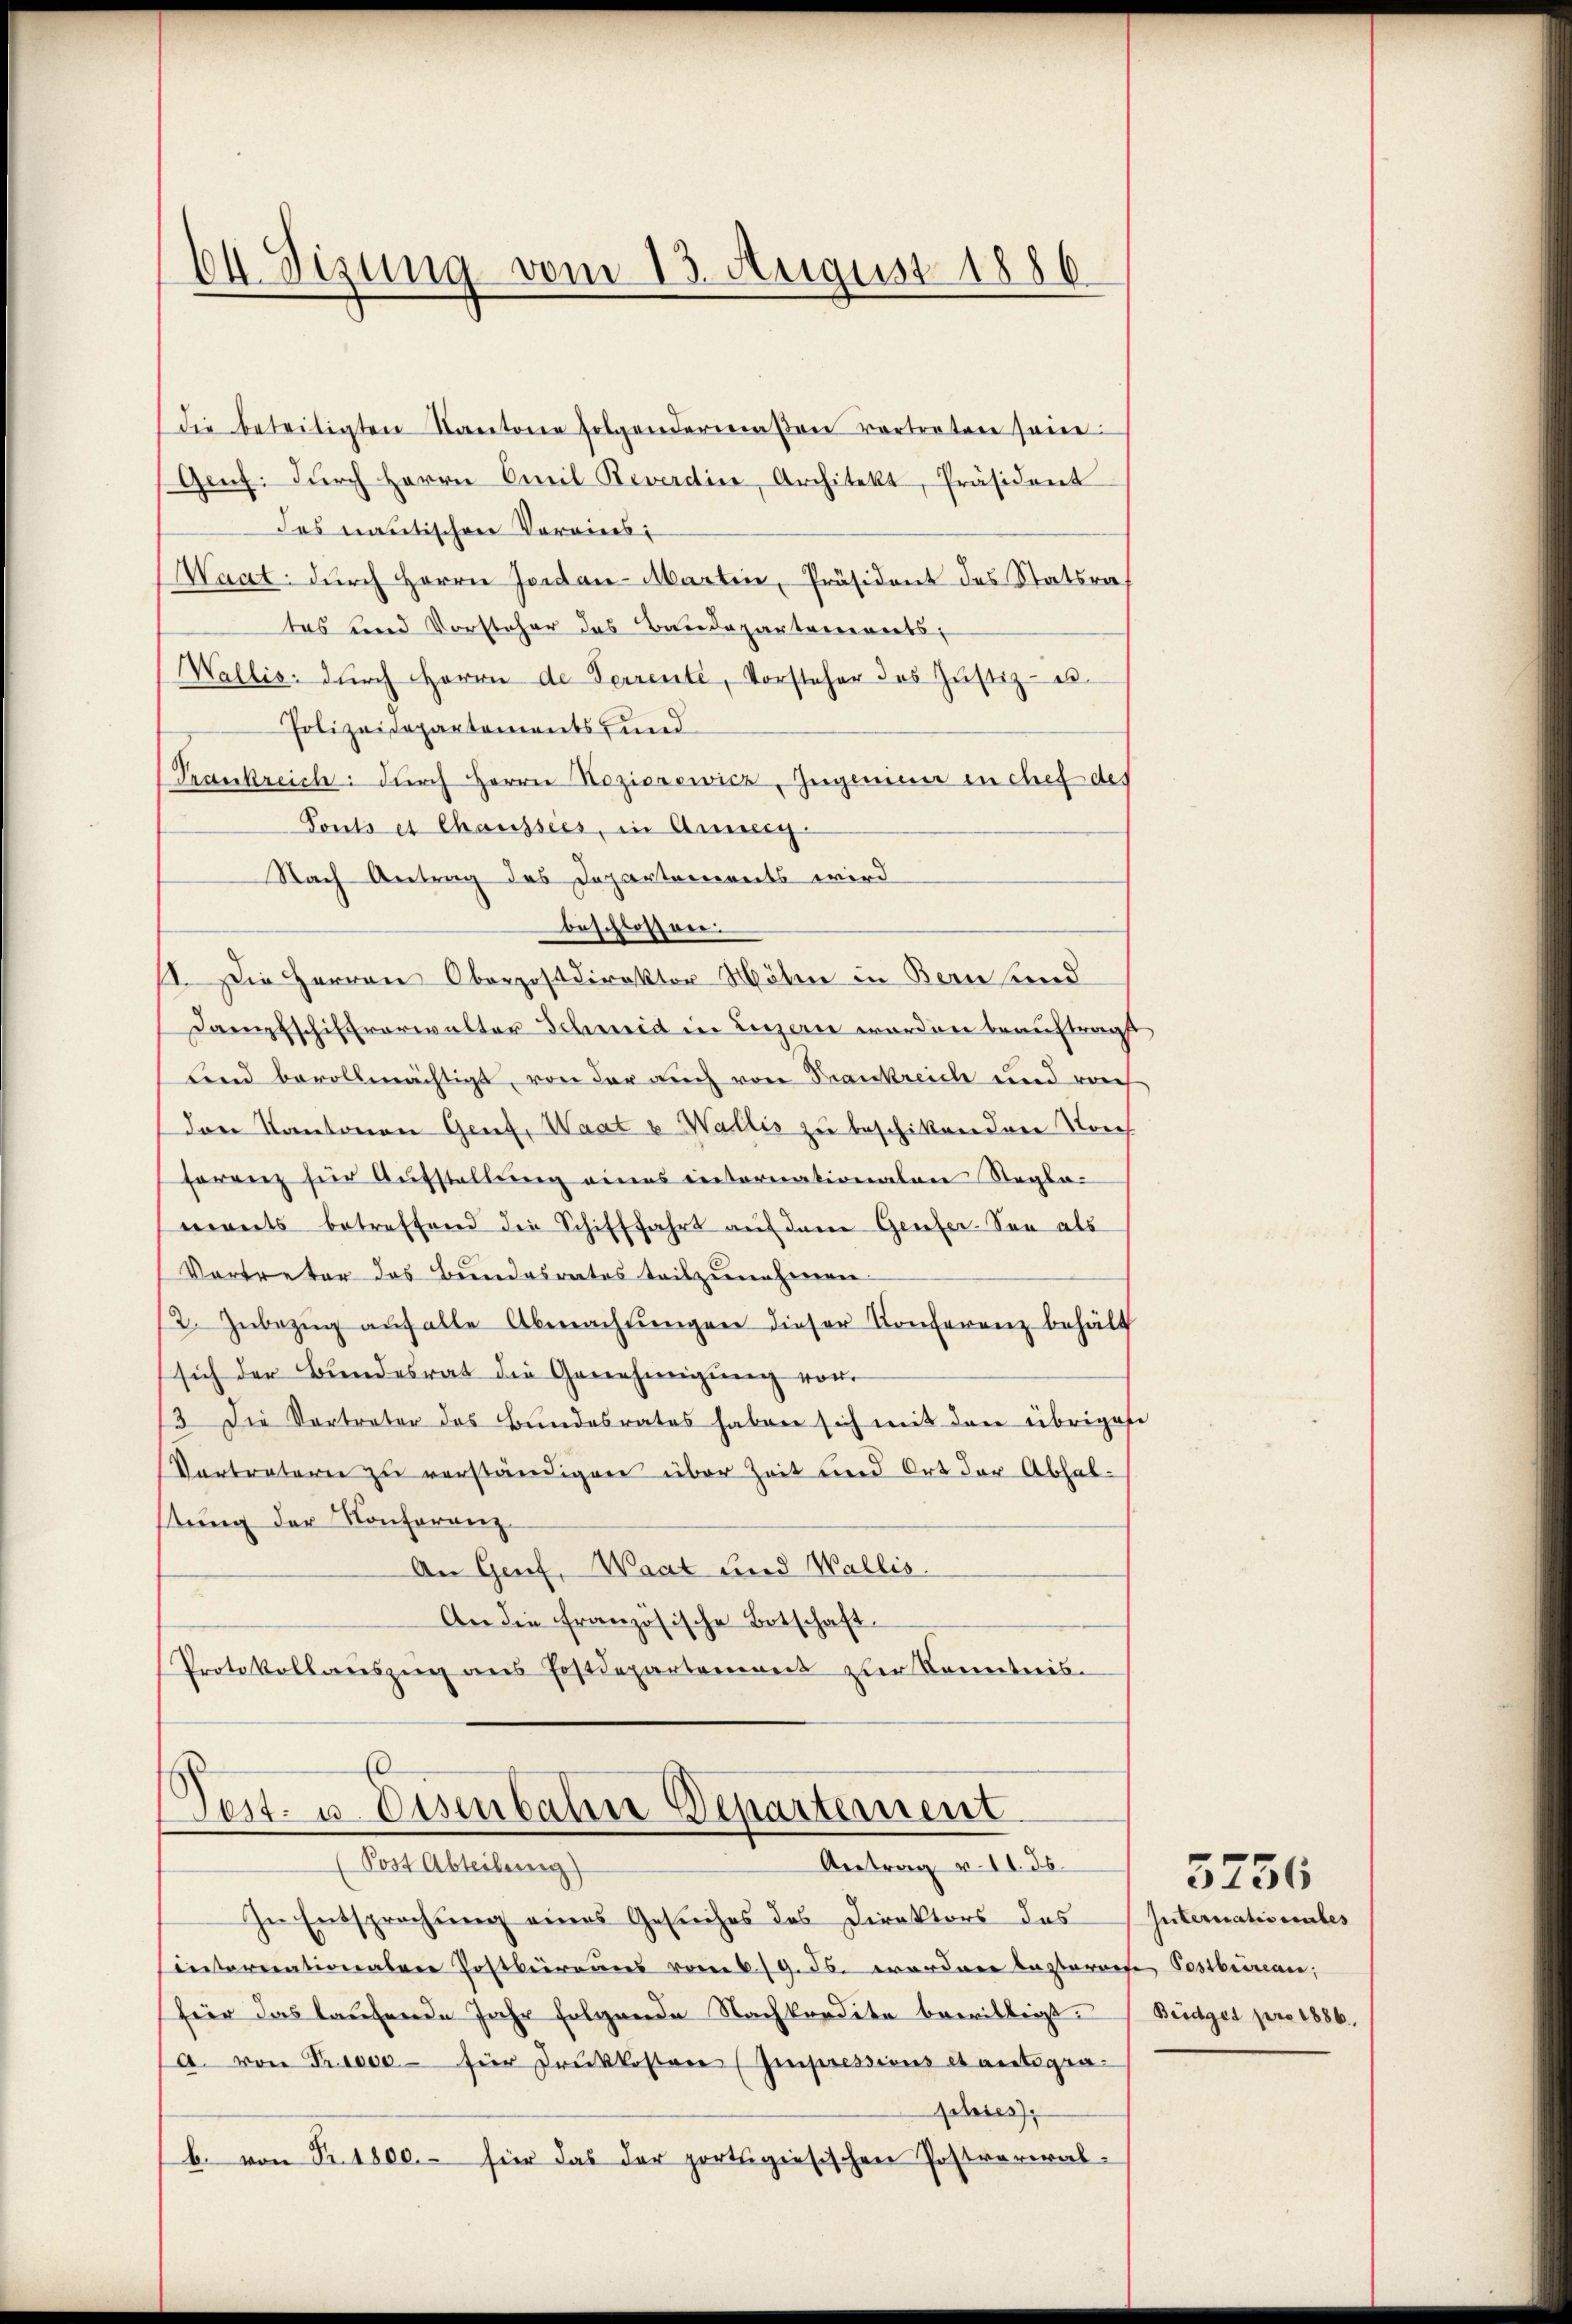
64. Sizung vom 13. August 1886

die beteiligten Kantone folgendermaßen vertreten sein.
Genf. dŭrch Herrn Omil Reverdine, Architekt, Präsident
das cautischen Vorwies
Waat: dŭrch Herrn Jontan-Marten, Präsident des Statsra
tas und Vorsteher das Baudepartements,
Wallis: dŭrch Herrn de Ferrente, Vorsteher des Jŭstiz- u.
Polizeidepartements und
Trankreich: dŭrch Herrn Rozierewicz, Jugenieur in chef des
Tonts et Chaussées, in Anweig-
Nach Antrag des Departements wird
beschlossen.
II. Die Herren Oberpostdirektor Mölen in Bern und
Dampfschiftverwalter Schmid in Luzern worden beauftragt
lend bevollmächtigt, von der auch von Frankreiche und nich
den Kantonen Genf, Waat v. Wallis zu beschikundern Norch
ferenz für Aŭfstellŭng eines internationalen Segla-
ments betreffend die Schifffahrt auf dem Genfer-Son als
Vortreter das Bundesrates teilzunehmen.
12. Jŭbezŭg aŭf alle Abmachtŭngen dieser Konferenz behält
sich der Bundesrat die Genehmigung von
13 die Vortreter des Bundesrates haben sich mit den übrigese
Vertraterie zu verständigen über Zeit und Ort der Abhalstung der Konferenz-
An Genf, Waat und Wallis.
An die französische Botschaft
Protokollauszug aus Postdepartement zur Kenntnis-

Teit- u. Eisenbahn Departement
(Post Abteilung)
Antrag v. II. ds.

In Entsprechung eines Gesuches des Direktors des
internationalene Postbürens vom 6. 19. 26. erordner bastarrete Postbeinau,
fier das laufende Jahr folgende Nachkordite bewilligt. Beidget pro 1886.
a. von Triese - für Druckkostere (Impressions et antegracses)
b. von Fr. 1800.- für das der portigiesischen Postverwal¬

Intertatis unbes

3756